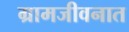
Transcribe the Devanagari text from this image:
ग्रामजीवनात